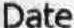
DATE